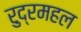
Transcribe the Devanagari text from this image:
रुद्रमहल